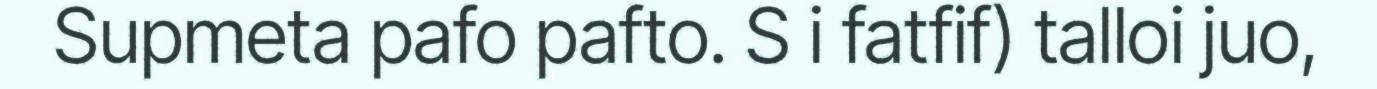
Supmeta pafo pafto. S i fatfif) talloi juo,